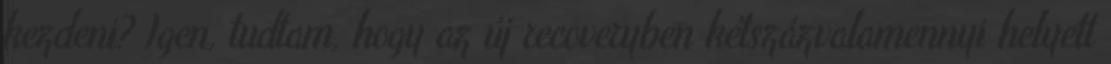
kezdeni? Igen, tudtam, hogy az új recoveryben kétszázvalamennyi helyett